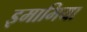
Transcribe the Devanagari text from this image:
इमामिया